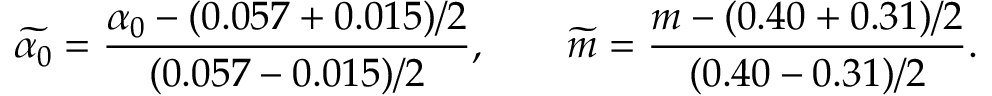
\widetilde { \alpha _ { 0 } } = \frac { \alpha _ { 0 } - ( 0 . 0 5 7 + 0 . 0 1 5 ) / 2 } { ( 0 . 0 5 7 - 0 . 0 1 5 ) / 2 } , \qquad \widetilde { m } = \frac { m - ( 0 . 4 0 + 0 . 3 1 ) / 2 } { ( 0 . 4 0 - 0 . 3 1 ) / 2 } .